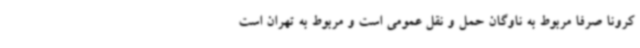
کرونا صرفا مربوط به ناوگان حمل و نقل عمومی است و مربوط به تهران است